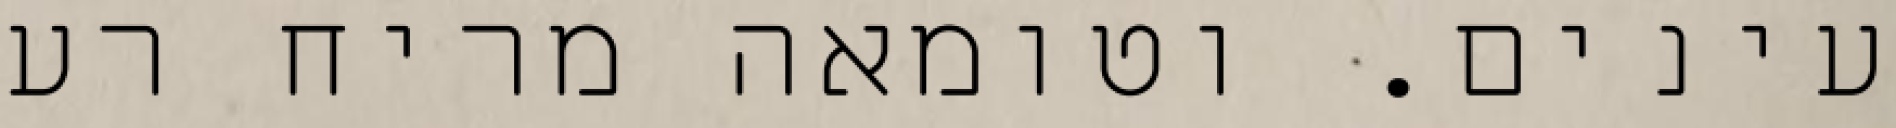
עינים. וטומאה מריח רע